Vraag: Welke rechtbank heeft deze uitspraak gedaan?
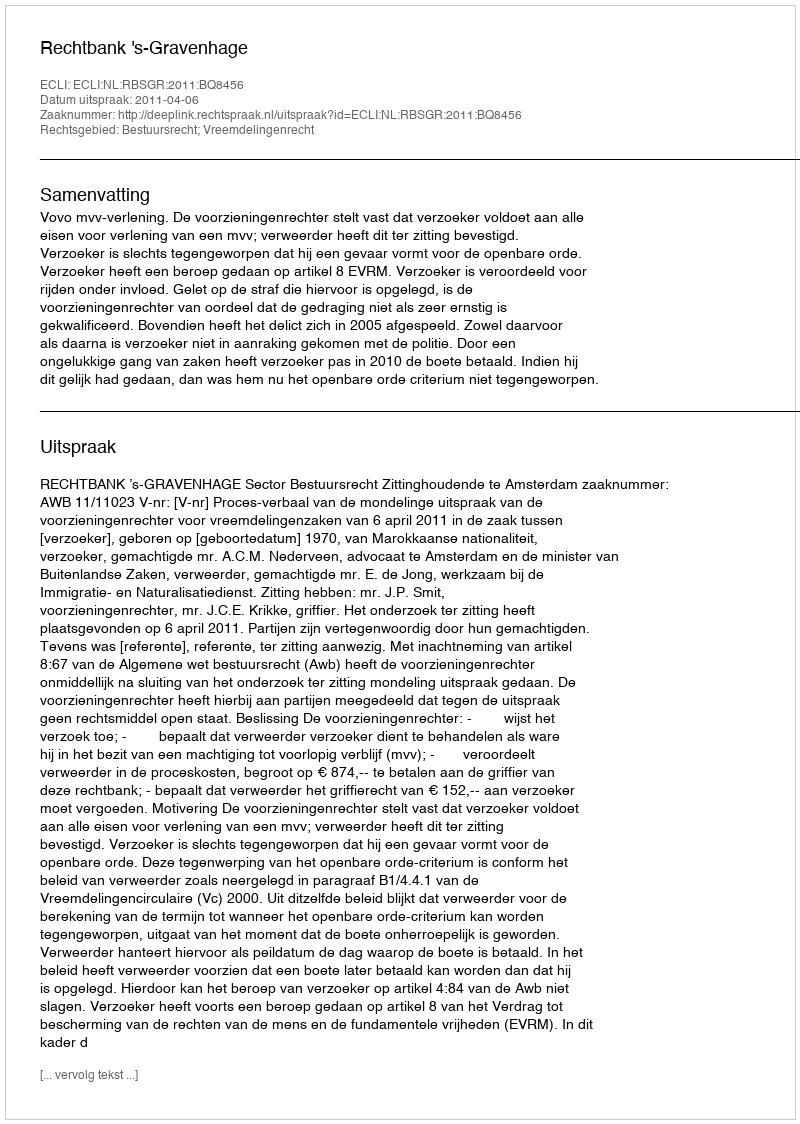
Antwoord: Rechtbank 's-Gravenhage